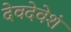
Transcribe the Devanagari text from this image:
देवदेवेशं